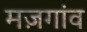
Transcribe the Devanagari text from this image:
मज़गांव